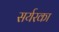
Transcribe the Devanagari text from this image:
सर्यरका